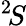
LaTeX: ^2\! S